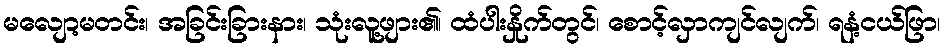
မလျော့မတင်း၊ အခြင်းခြားနား၊ သုံးလူ့ဖျား၏၊ ထံပါးနှိုက်တွင်၊ စောင့်လှာကျင်လျက်၊ ရနံ့ငယ်ဖြာ၊